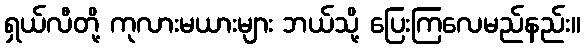
ရှယ်လီတို့ ကုလားမယားများ ဘယ်သို့ ပြေးကြလေမည်နည်း။